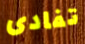
تفادى